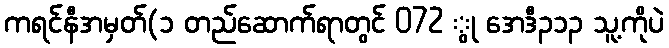
ကရင်နီအမှတ်(၁ တည်ဆောက်ရာတွင် 072 ွု အေဒီ၃၁၃ သူ့ကိုပဲ